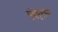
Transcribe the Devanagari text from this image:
एंफ्ल्युएंझा